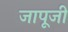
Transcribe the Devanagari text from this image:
जापूजी